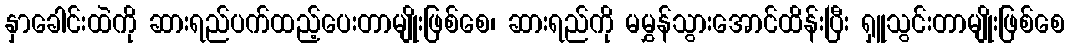
နှာခေါင်းထဲကို ဆားရည်ပက်ထည့်ပေးတာမျိုးဖြစ်စေ၊ ဆားရည်ကို မမွှန်သွားအောင်ထိန်းပြီး ရှူသွင်းတာမျိုးဖြစ်စေ